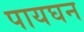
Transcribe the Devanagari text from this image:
पायघन